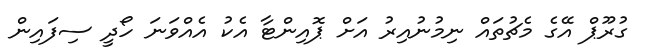
ގުރޫޕް އޭގެ މެޗުތައް ނިމުނުއިރު އަށް ޕޮއިންޓާ އެކު އެއްވަނަ ހޯދީ ސިފައިން